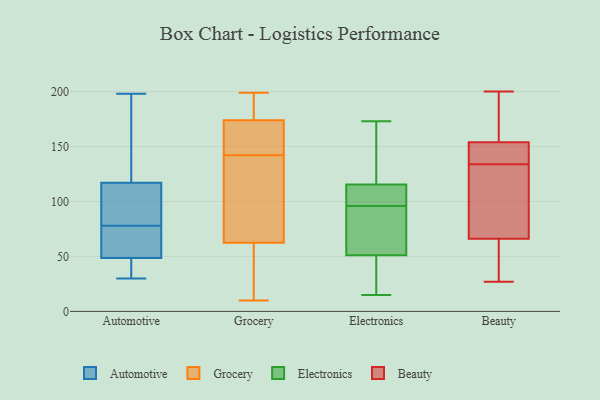
{"axis": {"x": "Revenue (USD Million)", "y": "Value"}, "legend": ["Automotive", "Beauty", "Electronics", "Grocery"], "data": [{"x": "", "y": 102, "type": "Automotive"}, {"x": "", "y": 36, "type": "Automotive"}, {"x": "", "y": 114, "type": "Automotive"}, {"x": "", "y": 198, "type": "Automotive"}, {"x": "", "y": 118, "type": "Automotive"}, {"x": "", "y": 42, "type": "Automotive"}, {"x": "", "y": 78, "type": "Automotive"}, {"x": "", "y": 84, "type": "Automotive"}, {"x": "", "y": 56, "type": "Automotive"}, {"x": "", "y": 77, "type": "Automotive"}, {"x": "", "y": 192, "type": "Automotive"}, {"x": "", "y": 46, "type": "Automotive"}, {"x": "", "y": 42, "type": "Automotive"}, {"x": "", "y": 78, "type": "Automotive"}, {"x": "", "y": 75, "type": "Automotive"}, {"x": "", "y": 90, "type": "Automotive"}, {"x": "", "y": 30, "type": "Automotive"}, {"x": "", "y": 160, "type": "Automotive"}, {"x": "", "y": 132, "type": "Automotive"}, {"x": "", "y": 72, "type": "Grocery"}, {"x": "", "y": 10, "type": "Grocery"}, {"x": "", "y": 174, "type": "Grocery"}, {"x": "", "y": 165, "type": "Grocery"}, {"x": "", "y": 31, "type": "Grocery"}, {"x": "", "y": 194, "type": "Grocery"}, {"x": "", "y": 53, "type": "Grocery"}, {"x": "", "y": 111, "type": "Grocery"}, {"x": "", "y": 158, "type": "Grocery"}, {"x": "", "y": 106, "type": "Grocery"}, {"x": "", "y": 131, "type": "Grocery"}, {"x": "", "y": 49, "type": "Grocery"}, {"x": "", "y": 174, "type": "Grocery"}, {"x": "", "y": 153, "type": "Grocery"}, {"x": "", "y": 199, "type": "Grocery"}, {"x": "", "y": 181, "type": "Grocery"}, {"x": "", "y": 63, "type": "Electronics"}, {"x": "", "y": 127, "type": "Electronics"}, {"x": "", "y": 118, "type": "Electronics"}, {"x": "", "y": 103, "type": "Electronics"}, {"x": "", "y": 22, "type": "Electronics"}, {"x": "", "y": 113, "type": "Electronics"}, {"x": "", "y": 82, "type": "Electronics"}, {"x": "", "y": 44, "type": "Electronics"}, {"x": "", "y": 118, "type": "Electronics"}, {"x": "", "y": 102, "type": "Electronics"}, {"x": "", "y": 58, "type": "Electronics"}, {"x": "", "y": 173, "type": "Electronics"}, {"x": "", "y": 35, "type": "Electronics"}, {"x": "", "y": 102, "type": "Electronics"}, {"x": "", "y": 15, "type": "Electronics"}, {"x": "", "y": 90, "type": "Electronics"}, {"x": "", "y": 122, "type": "Beauty"}, {"x": "", "y": 154, "type": "Beauty"}, {"x": "", "y": 184, "type": "Beauty"}, {"x": "", "y": 60, "type": "Beauty"}, {"x": "", "y": 144, "type": "Beauty"}, {"x": "", "y": 94, "type": "Beauty"}, {"x": "", "y": 169, "type": "Beauty"}, {"x": "", "y": 140, "type": "Beauty"}, {"x": "", "y": 29, "type": "Beauty"}, {"x": "", "y": 130, "type": "Beauty"}, {"x": "", "y": 138, "type": "Beauty"}, {"x": "", "y": 28, "type": "Beauty"}, {"x": "", "y": 27, "type": "Beauty"}, {"x": "", "y": 169, "type": "Beauty"}, {"x": "", "y": 143, "type": "Beauty"}, {"x": "", "y": 66, "type": "Beauty"}, {"x": "", "y": 200, "type": "Beauty"}, {"x": "", "y": 77, "type": "Beauty"}]}